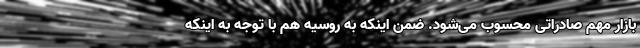
بازار مهم صادراتی محسوب می‌شود. ضمن اینکه به روسیه هم با توجه به اینکه